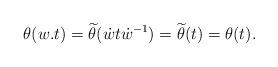
LaTeX: \begin{align*}\theta(w.t) = \widetilde{\theta}(\dot{w}t\dot{w}^{-1}) = \widetilde{\theta}(t) = \theta(t). \end{align*}